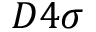
D 4 \sigma